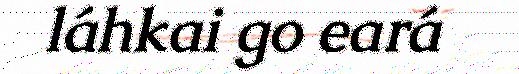
láhkai go eará